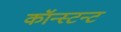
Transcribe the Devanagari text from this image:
कॉन्स्टन्ट